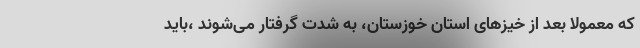
که معمولا بعد از خیزهای استان خوزستان، به شدت گرفتار می‌شوند ،باید